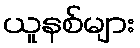
ယူနစ်များ